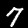
Digit: 7